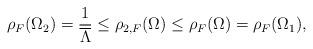
LaTeX: \begin{align*}\rho_{F}(\Omega_{2})=\frac{1}{\overline \Lambda}\le \rho_{2,F}(\Omega)\le \rho_{F}(\Omega)=\rho_{F}(\Omega_{1}),\end{align*}